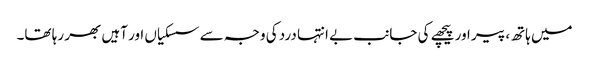
میں ہاتھ، پیر اور پیچھے کی جانب بے انتہا درد کی وجہ سے سسکیاں اور آہیں بھر رہا تھا۔